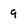
Character: 9